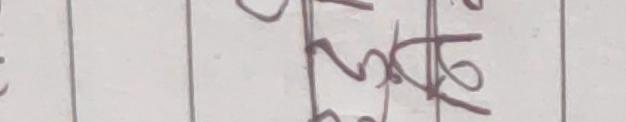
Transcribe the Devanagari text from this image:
२५१६